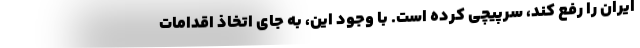
ایران را رفع کند، سرپیچی کرده است. با وجود این، به جای اتخاذ اقدامات